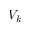
V _ { k }